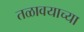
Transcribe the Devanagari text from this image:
तळावयाच्या